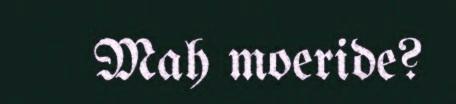
Mah moeride?